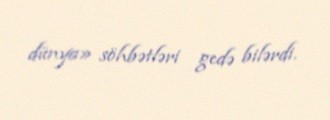
dünya» söhbətləri gedə bilərdi.